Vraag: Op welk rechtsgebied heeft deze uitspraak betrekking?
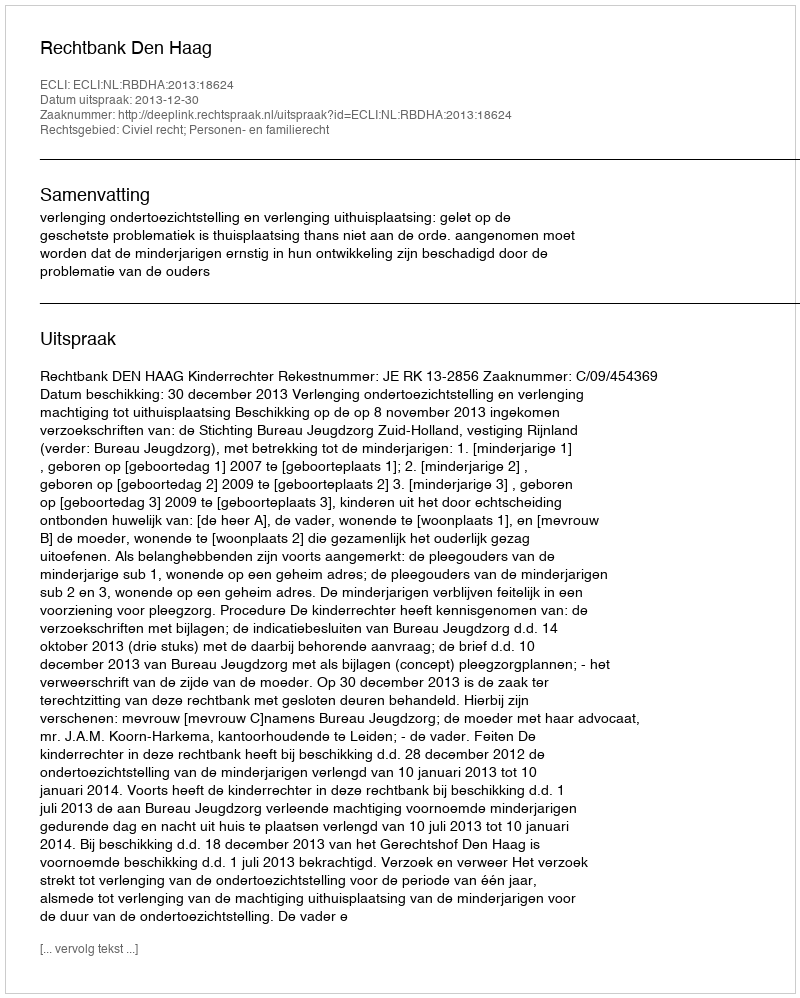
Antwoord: Civiel recht; Personen- en familierecht